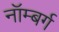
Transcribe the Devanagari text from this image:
नॉम्बर्ग